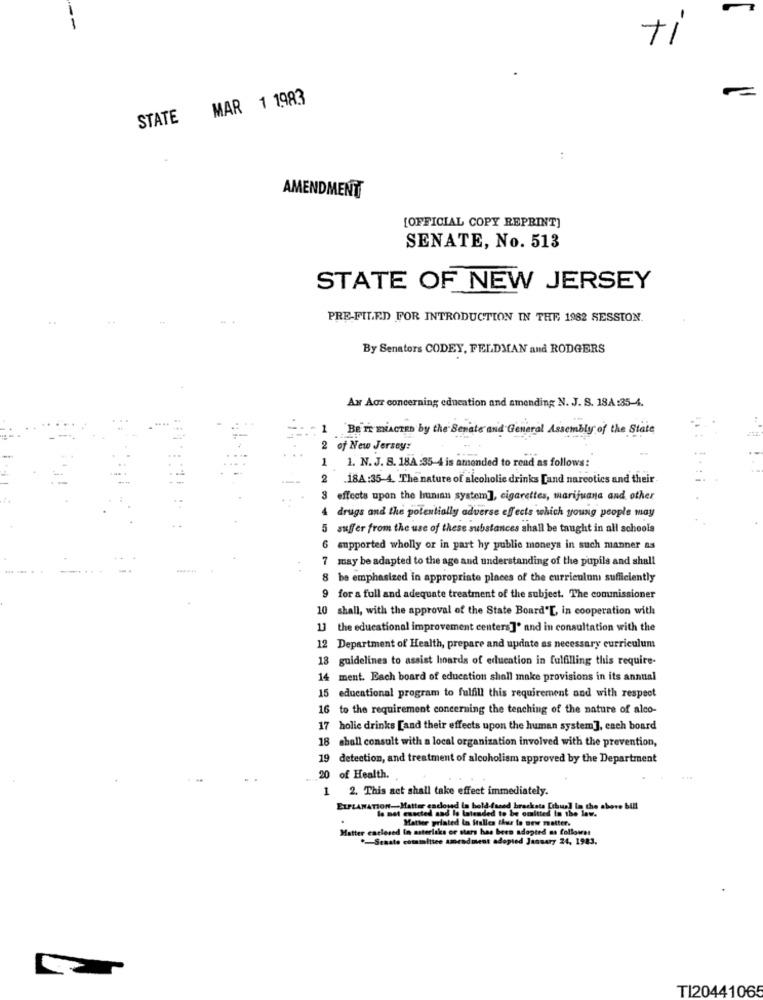
---
ti
MAR 1 1983
STATE
..
AMENDMENT
[OFFICIAL COPY REPRINT]
SENATE, No. 513
STATE OF NEW JERSEY
PRE-FILED FOR INTRODUCTION IN THE 1982 SESSION.
By Senators CODEY, FELDMAN and RODGERS
Ax Aor concerning education and amending N. J. S. 18A :35-4.
1 BE IT ENACTED by the Senate and General Assembly of the State
2 of New Jersey:
1
1. N. J. S. 18A :35-4 is amended to read as follows:
2
18A:35-4. The nature of alcoholic drinks [and narcotics and their
3
effects upon the huninn system], cigarettes, marijuana and other
4 drugs and the potentially adverse effects which young people may
5 suffer from the use of these substances shall be taught in all schools
6 supported wholly or in part hy publie moneys in such manner as
7 may be adapted to the age and understanding of the pupils and shall
8 be emphasized in appropriate places of the curriculum sufficiently
9 for a full and adequate treatment of the subject. The commissioner
10 shall, with the approval of the State Board"[, in cooperation with
13 the educational improvement centers ]' and in consultation with the
12 Department of Health, prepare and update as necessary curriculum
18 guidelines to assist hoards of education in fulfilling this require-
14 ment. Each board of education shall make provisions in its annual
educational program to fulfill this requirement and with respect
6 to the requirement concerning the teaching of the nature of alco-
17 holie drinks [and their effects upon the human system], each board
18 shall consult with a local organization involved with the prevention,
19 detection, and treatment of alcoholism approved by the Department
20 of Health.
1
2. This act shall take effect immediately.
EXPLANATION-Matter enclosed In bold-faced brackata [rhun] In the above bill
Matter printed In Stalles thus ia new matter.
Matter enclosed In asterisks or stars has been adopted as followst
-Staate committee amendment adopted January 24, 1983.
TI20441065